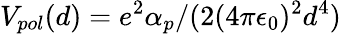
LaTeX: V_{pol}(d)=e^{2}\alpha_{p}/(2(4\pi\epsilon_{0})^{2}d^{4})